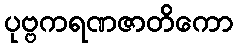
ပုဗ္ဗကရဏဇာတိကော